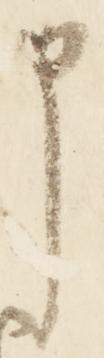
申